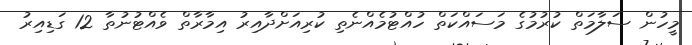
މީހުން ސަލާމަތް ކުރުމުގެ މަސައްކަތް ހުއްޓުމެއްނެތި ކުރިއަށްދާއިރު އިމާރާތް ވެއްޓުނުތާ 12 ގަޑިއިރު